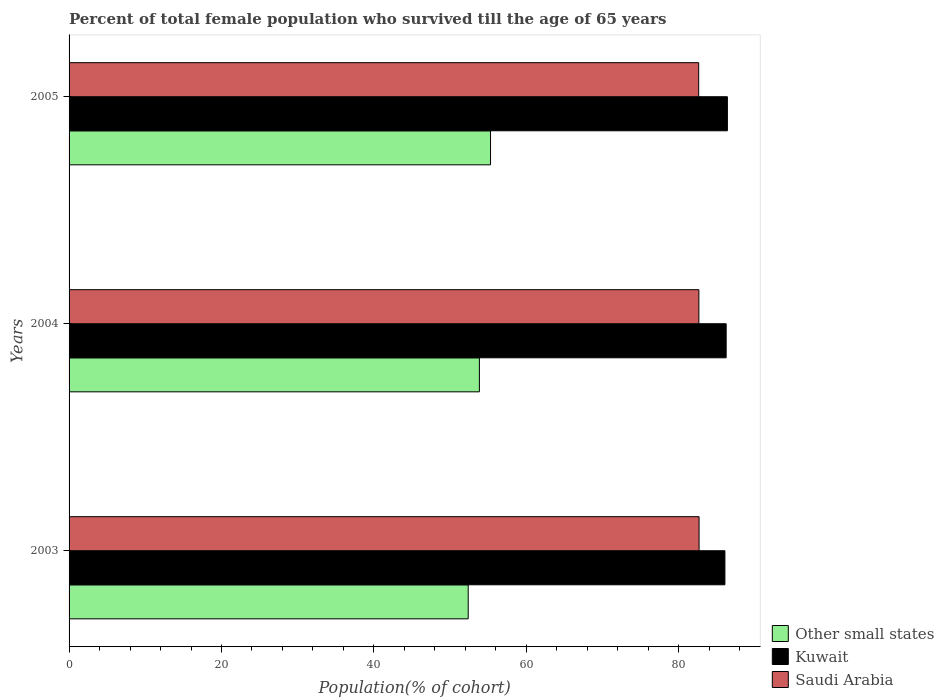
| Years | Other small states | Kuwait | Saudi Arabia |
 | --- | --- | --- | --- |
 | 2003 | 52.4 | 86.1 | 82.7 |
 | 2004 | 53.8 | 86.2 | 82.6 |
 | 2005 | 55.3 | 86.4 | 82.6 |